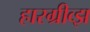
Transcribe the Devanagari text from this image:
हारग्रीव्झ